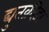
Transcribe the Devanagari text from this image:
द्युतक्रीड़ा